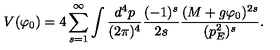
V ( \varphi _ { 0 } ) = 4 \sum _ { s = 1 } ^ { \infty } \int \frac { d ^ { 4 } p } { ( 2 \pi ) ^ { 4 } } \frac { ( - 1 ) ^ { s } } { 2 s } \frac { ( M + g \varphi _ { 0 } ) ^ { 2 s } } { ( p _ { E } ^ { 2 } ) ^ { s } } .